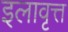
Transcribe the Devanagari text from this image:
इलावृत्त